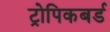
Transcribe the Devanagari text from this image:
ट्रोपिकबर्ड